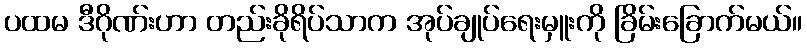
ပထမ ဒီဂိုဏ်းဟာ တည်းခိုရိပ်သာက အုပ်ချုပ်ရေးမှူးကို ခြိမ်းခြောက်မယ်။